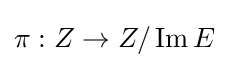
\pi :Z\to Z/\operatorname {Im} E